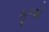
કૂળો